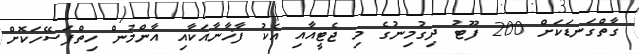
ގާތްގަނޑަކަށް 200 ފޫޓު ދިގުމިނުގެ މި ޖެޓީއާއި އެކު ފާޚާނާއަކާއި އާންމުން ހިތްފަސޭހަކޮށް